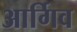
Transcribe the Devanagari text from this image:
आर्गिव